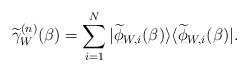
LaTeX: \begin{align*}\widetilde \gamma_W^{(n)}(\beta) = \sum_{i=1}^N |\widetilde\phi_{W,i}(\beta)\rangle\langle\widetilde\phi_{W,i}(\beta)|.\end{align*}